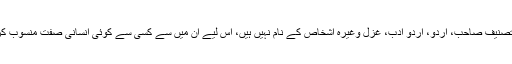
اجمل کمال:دیکھیے تصنیف صاحب، اردو، اردو ادب، غزل وغیرہ اشخاص کے نام نہیں ہیں، اس لیے ان میں سے کسی سے کوئی انسانی صفت منسوب کرنا لاحاصل کام ہے۔